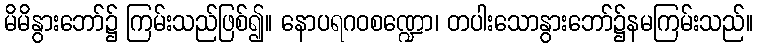
မိမိနွားဘော်၌ ကြမ်းသည်ဖြစ်၍။ နောပရဂဝစဏ္ဍော၊ တပါးသောနွားဘော်၌နမကြမ်းသည်။